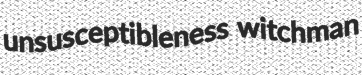
unsusceptibleness witchman